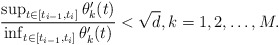
\begin{align*}\frac{\sup_{t\in [t_{i-1}, t_{i}]}\theta_k'(t)}{\inf_{t\in [t_{i-1}, t_{i}]}\theta_k'(t)}<\sqrt{d}, k=1,2,\dots, M.\end{align*}